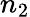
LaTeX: n_{2}